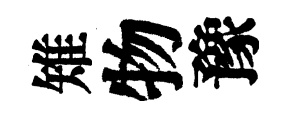
雉物豫